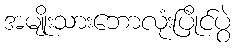
အမျိုးသားဘောလုံးပြိုင်ပွဲ